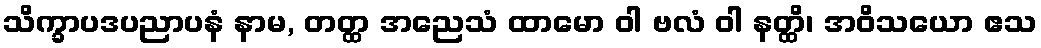
သိက္ခာပဒပညာပနံ နာမ, တတ္ထ အညေသံ ထာမော ဝါ ဗလံ ဝါ နတ္ထိ၊ အဝိသယော ဧသ